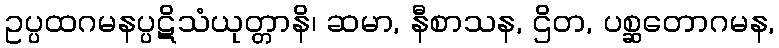
ဥပ္ပထဂမနပ္ပဋိသံယုတ္တာနိ၊ ဆမာ, နီစာသန, ဌိတ, ပစ္ဆတောဂမန,